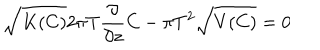
\sqrt { K ( C ) } 2 \pi T { \frac { \partial } { \partial z } } C - \pi T ^ { 2 } \sqrt { V ( C ) } = 0